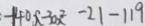
- 1 4 0 x - 3 0 x ^ { 2 } - 2 1 - 1 1 9